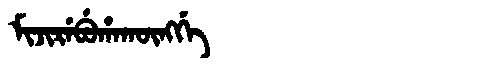
Manchu: ᠮᡳᠵᡳᡵᡝᠪᡠᡥᠠᡴᡡᠩᡤᡝ
Romanization: MIJIREBUHAKŪNGGE